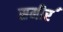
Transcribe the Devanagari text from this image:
समीर॔